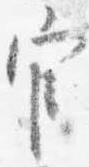
官